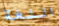
اللغة